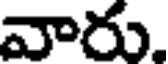
వారు.